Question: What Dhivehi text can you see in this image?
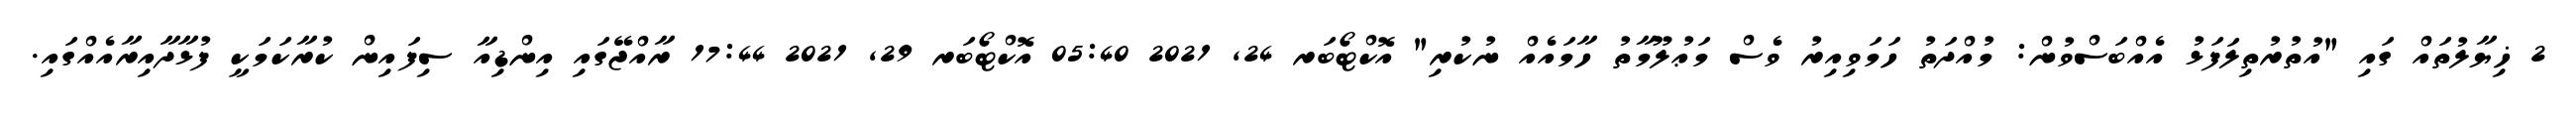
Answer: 2 ޚިޔާލުތައް ގައި "އުތުރުތިލަފަޅު އެއްބަސްވުން: މުއްދަތު ހަމަވިއިރު ވެސް މަޢުލޫމާތު ހާމައެއް ނުކުރި" އޮކްޓޯބަރ 24, 2021 05:40 އޮކްޓޯބަރ 29, 2021 17:44 ރާއްޖޭގައި އިންޑިއާ ސިފައިން ކުރާކަމަކީ ފުޅާދާއިރާއެއްގައި.